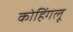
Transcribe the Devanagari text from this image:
कोहिंगलू